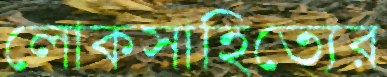
লোকসাহিত্যের